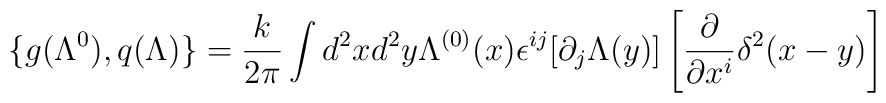
\{g(\Lambda ^0),q(\Lambda )\}=\frac k{2\pi }\int d^2xd^2y\Lambda^{(0)}(x)\epsilon ^{ij}[\partial _j\Lambda (y)]\left[ \frac \partial{\partial x^i}\delta ^2(x-y)\right]